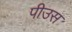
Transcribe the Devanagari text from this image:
पीउस